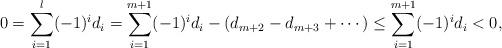
LaTeX: \begin{align*}0=\sum_{i=1}^l (-1)^i d_i=\sum_{i=1}^{m+1} (-1)^i d_i-(d_{m+2}-d_{m+3}+\cdots)\le \sum_{i=1}^{m+1} (-1)^i d_i<0,\end{align*}